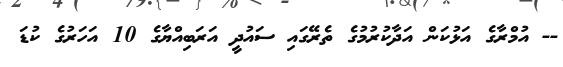
-- އުމްރާގެ އަޅުކަން އަދާކުރުމުގެ ތެރޭގައި ސައުދީ އަރަބިއްޔާގެ 10 އަހަރުގެ ކުޑަ